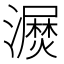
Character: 𰝫